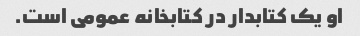
او یک کتابدار در کتابخانه عمومی است.